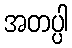
အတပ္ပါ